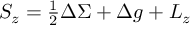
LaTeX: S _ { z } = { \textstyle { \frac { 1 } { 2 } } } \Delta \Sigma + \Delta g + L _ { z }